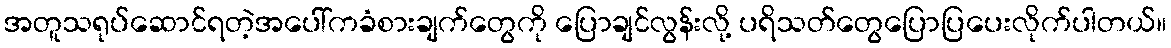
အတူသရုပ်ဆောင်ရတဲ့အပေါ်ကခံစားချက်တွေကို ပြောချင်လွန်းလို့ ပရိသတ်တွေပြောပြပေးလိုက်ပါတယ်။